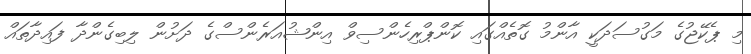
މި ޕެކޭޖުގެ މަގުސަދަކީ އާންމު ގޮތެއްގައި ކޮންޕްރިހެންސިވް އިންޝުއަރެންސްގެ ދަށުން ލިބިގެންދާ ފައިދާތައް